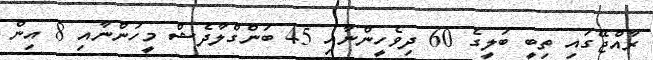
ރާއްޖޭގައި ތިބީ ބަލީގެ 60 ދިވެހީންނާއި 45 ބަންގްލާދެޝް މީހުންނާއި 8 އިން